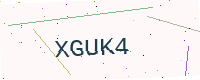
Text: XGUK4